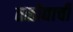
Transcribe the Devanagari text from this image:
तळोद्याची